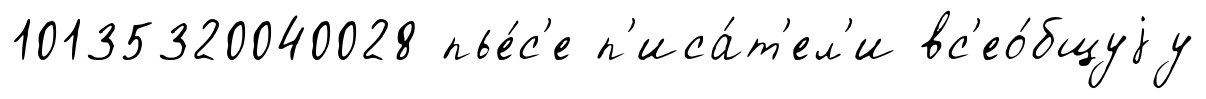
10135320040028 пье́с'е п'иса́т'ел'и вс'ео́бщуjу